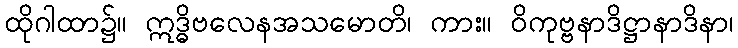
ထိုဂါထာ၌။ ဣဒ္ဓိဗလေနအသမောတိ၊ ကား။ ဝိကုဗ္ဗနာဒိဋ္ဌာနာဒိနာ၊